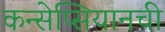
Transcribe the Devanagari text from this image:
कन्सेप्सियानची